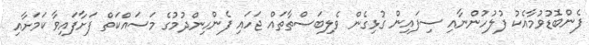
ފެންބޮޑުވުމާއެކު ފުލުހުންނާއި ސިފައިން ގުޅިގެން ވެލިބަސްތާތައް ޖަހައި ފެންހިންދުމުގެ މަސައްކަތް ފަށާފައިވާ ކަމަށާއި